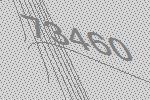
73460